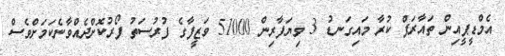
އެމްޑީޕީއިން ތައާރަފް ކުރާ މައިގަނޑު 3 ވިޔަފާރިން 51000 ވަޒީފާގެ ފުރުސަތު ފޯރުކޮށްދެއްވާނެކަމަށްވެސް